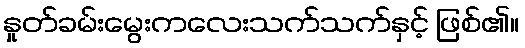
နှုတ်ခမ်းမွေးကလေးသက်သက်နှင့် ဖြစ်၏။